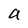
Character: a